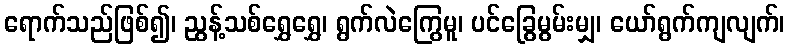
ရောက်သည်ဖြစ်၍၊ ညွန့်သစ်ရွှေရွှေ၊ ရွက်လဲကြွေမူ၊ ပင်ခြွေမွမ်းမျှ၊ ယော်ရွက်ကျလျက်၊